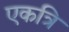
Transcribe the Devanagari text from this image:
एकत्रि